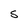
Character: s